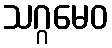
သဂ္ဂမေဝ